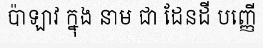
ប៉ាឡាវ ក្នុង នាម ជា ដែនដី បញ្ញើ